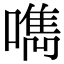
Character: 𠿘